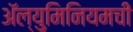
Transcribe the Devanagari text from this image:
ॲल्युमिनियमची